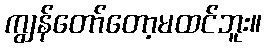
ကျွန်တော်တော့မထင်ဘူး။